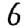
Digit: 6